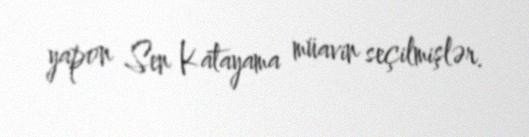
yapon Sen Katayama müavin seçilmişlər.